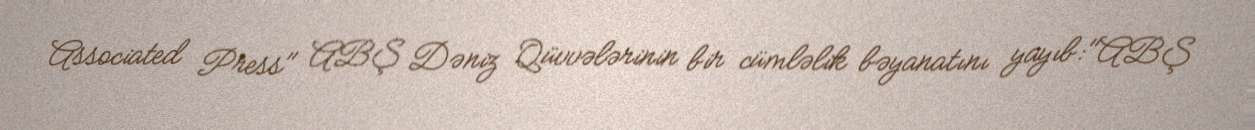
Associated Press" ABŞ Dəniz Qüvvələrinin bir cümləlik bəyanatını yayıb:"ABŞ